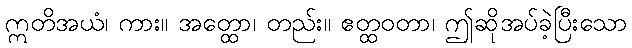
ဣတိအယံ၊ ကား။ အတ္ထော၊ တည်း။ ဧတ္ထဝတာ၊ ဤဆိုအပ်ခဲ့ပြီးသော